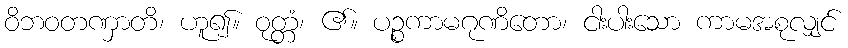
ဝိဘဝတဏှာတိ၊ ဟူ၍။ ဝုတ္တံ၊ ၏။ ပဉ္စကာမဂုဏိတော၊ ငါးပါးသော ကာမအစုလျှင်